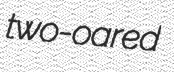
two-oared